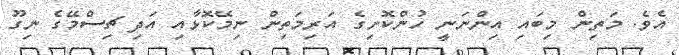
އެވެ. މަތިން މިބައި އިންނަނީ ހުންކޮށިގެ އަރިމަތިން ނިމޭކޮޅާއި އަދި ޗިސްމޭގެ ނިގޫ